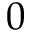
0